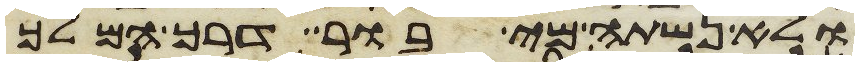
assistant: ולא נשתה מי בור דרך המלך